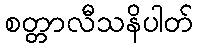
စတ္တာလီသနိပါတ်